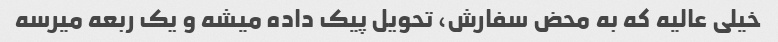
خیلی عالیه که به محض سفارش، تحویل پیک داده میشه و یک ربعه میرسه